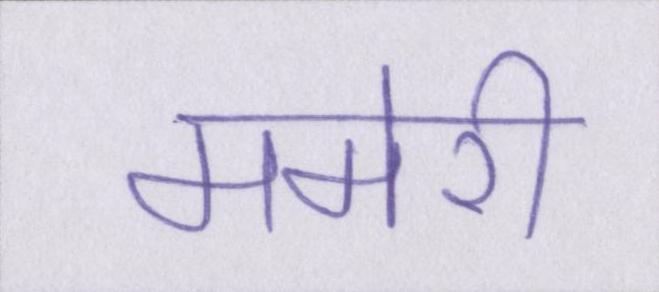
ममेरी